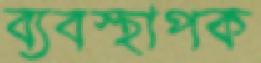
ব্যবস্থাপক